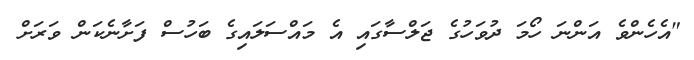
"އެހެންވެ އަންނަ ހޯމަ ދުވަހުގެ ޖަލްސާގައި އެ މައްސަލައިގެ ބަހުސް ފަށާނެކަން ވަރަށް